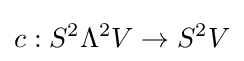
c:S^{2}\Lambda ^{2}V\to S^{2}V